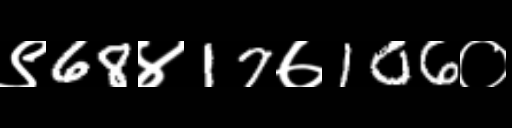
Text: ९68४17७106०